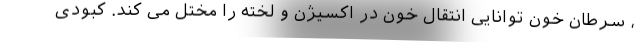
، سرطان خون توانایی انتقال خون در اکسیژن و لخته را مختل می کند. کبودی